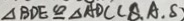
\Delta B D E \cong \Delta A D C ( S , A , S )